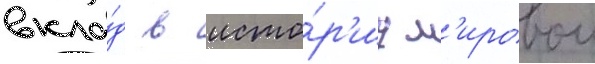
вкла́д в исто́р'иу м'ировои